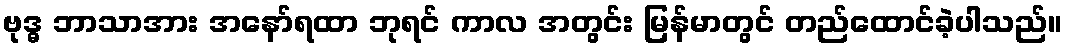
ဗုဒ္ဓ ဘာသာအား အနော်ရထာ ဘုရင် ကာလ အတွင်း မြန်မာတွင် တည်ထောင်ခဲ့ပါသည်။